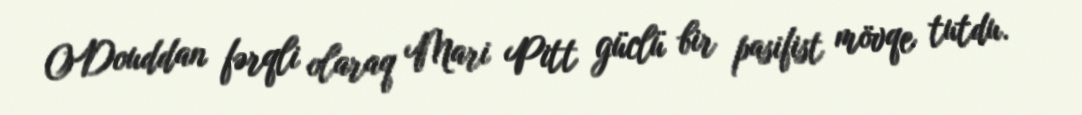
ODouddan fərqli olaraq Mari Pitt güclü bir pasifist mövqe tutdu.